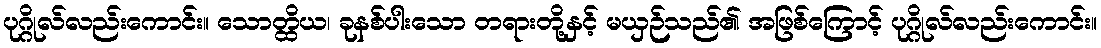
ပုဂ္ဂိုလ်လည်းကောင်း။ သောတ္ထိယ၊ ခုနစ်ပါးသော တရားတို့နှင့် မယှဉ်သည်၏ အဖြစ်ကြောင့် ပုဂ္ဂိုလ်လည်းကောင်း။